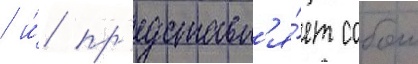
/ и́ пр'едставл'я́ет собои